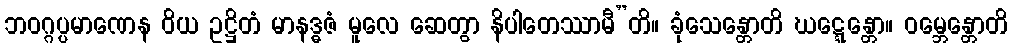
ဘဝဂ္ဂပ္ပမာဏေန ဝိယ ဥဋ္ဌိတံ မာနဒ္ဓဇံ မူလေ ဆေတွာ နိပါတေဿာမီ”တိ။ ခုံသေန္တောတိ ဃဋ္ဋေန္တော။ ဝမ္ဘေန္တောတိ